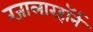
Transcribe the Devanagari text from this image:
ग्जालारहॉर्न